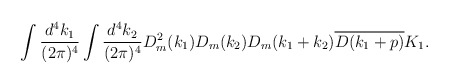
\begin{align*}\begin{array}{c}\displaystyle \int\frac{d^4k_1}{(2\pi)^4}\int\frac{d^4k_2}{(2\pi)^4}D_m^2(k_1)D_m(k_2)D_m(k_1+k_2)\overline{D(k_1+p)}K_1.\end{array}\end{align*}